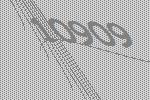
10909